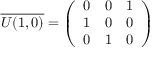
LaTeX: \overline { { { U ( 1 , 0 ) } } } = \left( \begin{array} { c c c } { { 0 } } & { { 0 } } & { { 1 } } \\ { { 1 } } & { { 0 } } & { { 0 } } \\ { { 0 } } & { { 1 } } & { { 0 } } \end{array} \right)